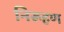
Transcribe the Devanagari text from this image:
निरूहण